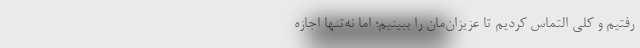
رفتیم و کلی التماس کردیم تا عزیزان‌مان را ببینیم؛ اما نه‌تنها اجازه